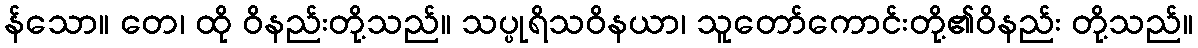
န်သော။ တေ၊ ထို ဝိနည်းတို့သည်။ သပ္ပုရိသဝိနယာ၊ သူတော်ကောင်းတို့၏ဝိနည်း တို့သည်။